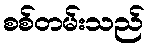
စစ်တမ်းသည်